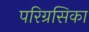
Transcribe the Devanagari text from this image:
परिग्रसिका